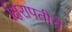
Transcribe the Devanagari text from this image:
क्षिरापतीचे